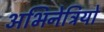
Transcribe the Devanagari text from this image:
अभिनेत्रियो